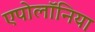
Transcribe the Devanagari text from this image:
एपोलॉनिया